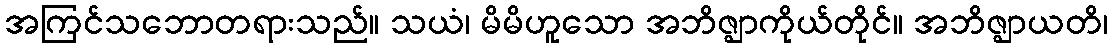
အကြင်သဘောတရားသည်။ သယံ၊ မိမိဟူသော အဘိဇ္ဈာကိုယ်တိုင်။ အဘိဇ္ဈာယတိ၊